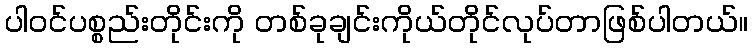
ပါ၀င်ပစ္စည်းတိုင်းကို တစ်ခုချင်းကိုယ်တိုင်လုပ်တာဖြစ်ပါတယ်။